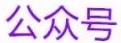
公众号